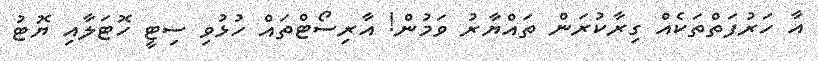
އާ ހަރުފަތްތަކެއް ގިރާކުރަން ތައްޔާރު ވަމުން! އާރިސޯޓްތައް ހުޅުވި ސިޓީ ހޮޓަލާއި ޔޮޓު